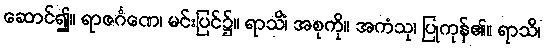
ဆောင်၍။ ရာဇင်္ဂဏေ၊ မင်းပြင်၌။ ရာသိံ၊ အစုကို။ အကံသု၊ ပြုကုန်၏။ ရာသိ၊